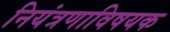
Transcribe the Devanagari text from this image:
नियंत्रणाविषयक